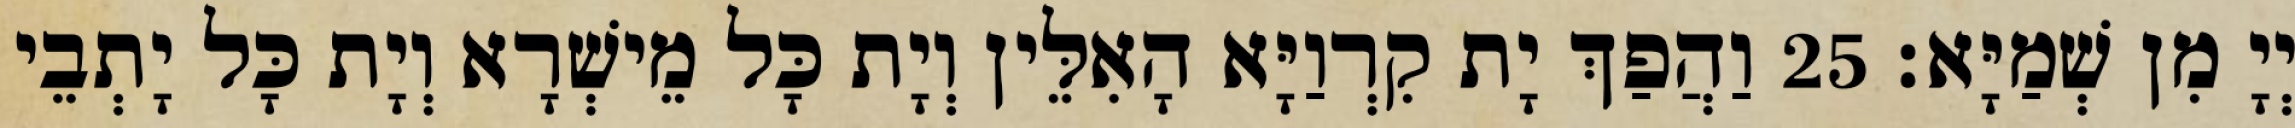
יְיָ מִן שְׁמַיָּא׃ 25 וַהֲפַךְ יָת קִרְוַיָּא הָאִלֵּין וְיָת כָּל מֵישְׁרָא וְיָת כָּל יָתְבֵי